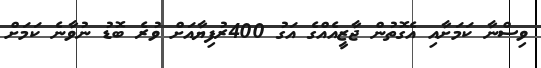
ވިސްނާ ކަމަށާއި އެގޮތުން ޖާޒީއެއްގެ އަގު 400ރުފިޔާއަށް ވުރެ ބޮޑު ނުވާނެ ކަމަށް